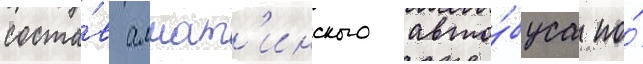
соста́в алмат'инского авто́буса по́